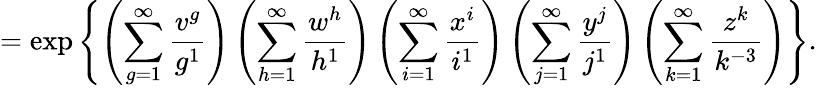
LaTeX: =\exp\left\{ \left(\sum_{g=1}^{\infty}\frac{v^{g}}{g^{1}}\right)\left(\sum_{h=1}^{\infty}\frac{w^{h}}{h^{1}}\right)\left(\sum_{i=1}^{\infty}\frac{x^{i}}{i^{1}}\right)\left(\sum_{j=1}^{\infty}\frac{y^{j}}{j^{1}}\right)\left(\sum_{k=1}^{\infty}\frac{z^{k}}{k^{-3}}\right)\right\} .